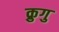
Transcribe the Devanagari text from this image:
क्रुगु